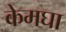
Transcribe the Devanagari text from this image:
केमघा